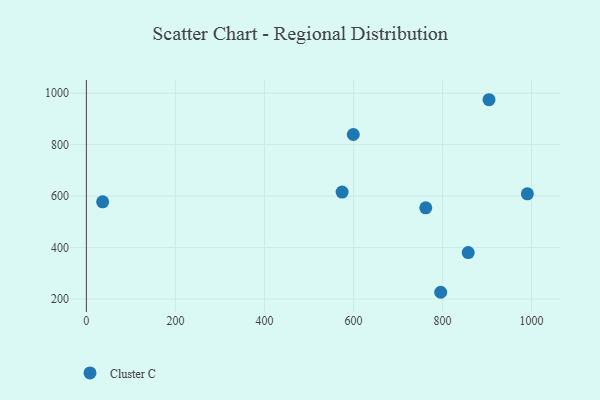
{"axis": {"x": "Investment", "y": "Yield"}, "legend": ["Cluster C"], "data": [{"x": "904.3", "y": 974.7, "type": "Cluster C"}, {"x": "795.8", "y": 225.9, "type": "Cluster C"}, {"x": "574.4", "y": 615.5, "type": "Cluster C"}, {"x": "36.5", "y": 577.5, "type": "Cluster C"}, {"x": "990.5", "y": 608.8, "type": "Cluster C"}, {"x": "762.3", "y": 554.2, "type": "Cluster C"}, {"x": "857.6", "y": 380.1, "type": "Cluster C"}, {"x": "599.5", "y": 839.4, "type": "Cluster C"}]}